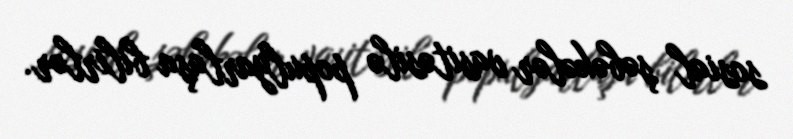
sosial şəbəkələr vasitəsilə populyarlaşa bilirlər.